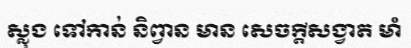
ស្លុង ទៅកាន់ និព្វាន មាន សេចក្តីសង្វាត មាំ